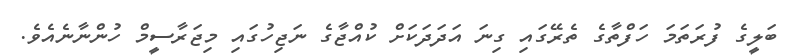
ބަލީގެ ފުރަތަމަ ހަފްތާގެ ތެރޭގައި ގިނަ އަދަދަކަށް ކުއްޖާގެ ނަޖިހުގައި މިޖަރާސީމް ހުންނާނެއެވެ.